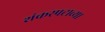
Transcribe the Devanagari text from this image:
शंकरपटाच्या